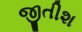
જીતીશ